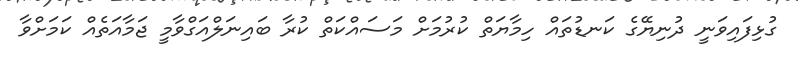
ގުޅިފައިވަނީ ދުނިޔޭގެ ކަނޑުތައް ހިމާޔަތް ކުރުމަށް މަސައްކަތް ކުރާ ބައިނަލްއަގްވާމީ ޖަމާއަތެއް ކަމަށްވާ